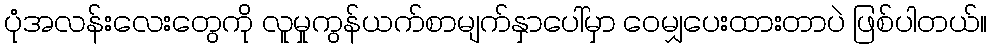
ပုံအလန်းလေးတွေကို လူမှုကွန်ယက်စာမျက်နှာပေါ်မှာ ဝေမျှပေးထားတာပဲ ဖြစ်ပါတယ်။